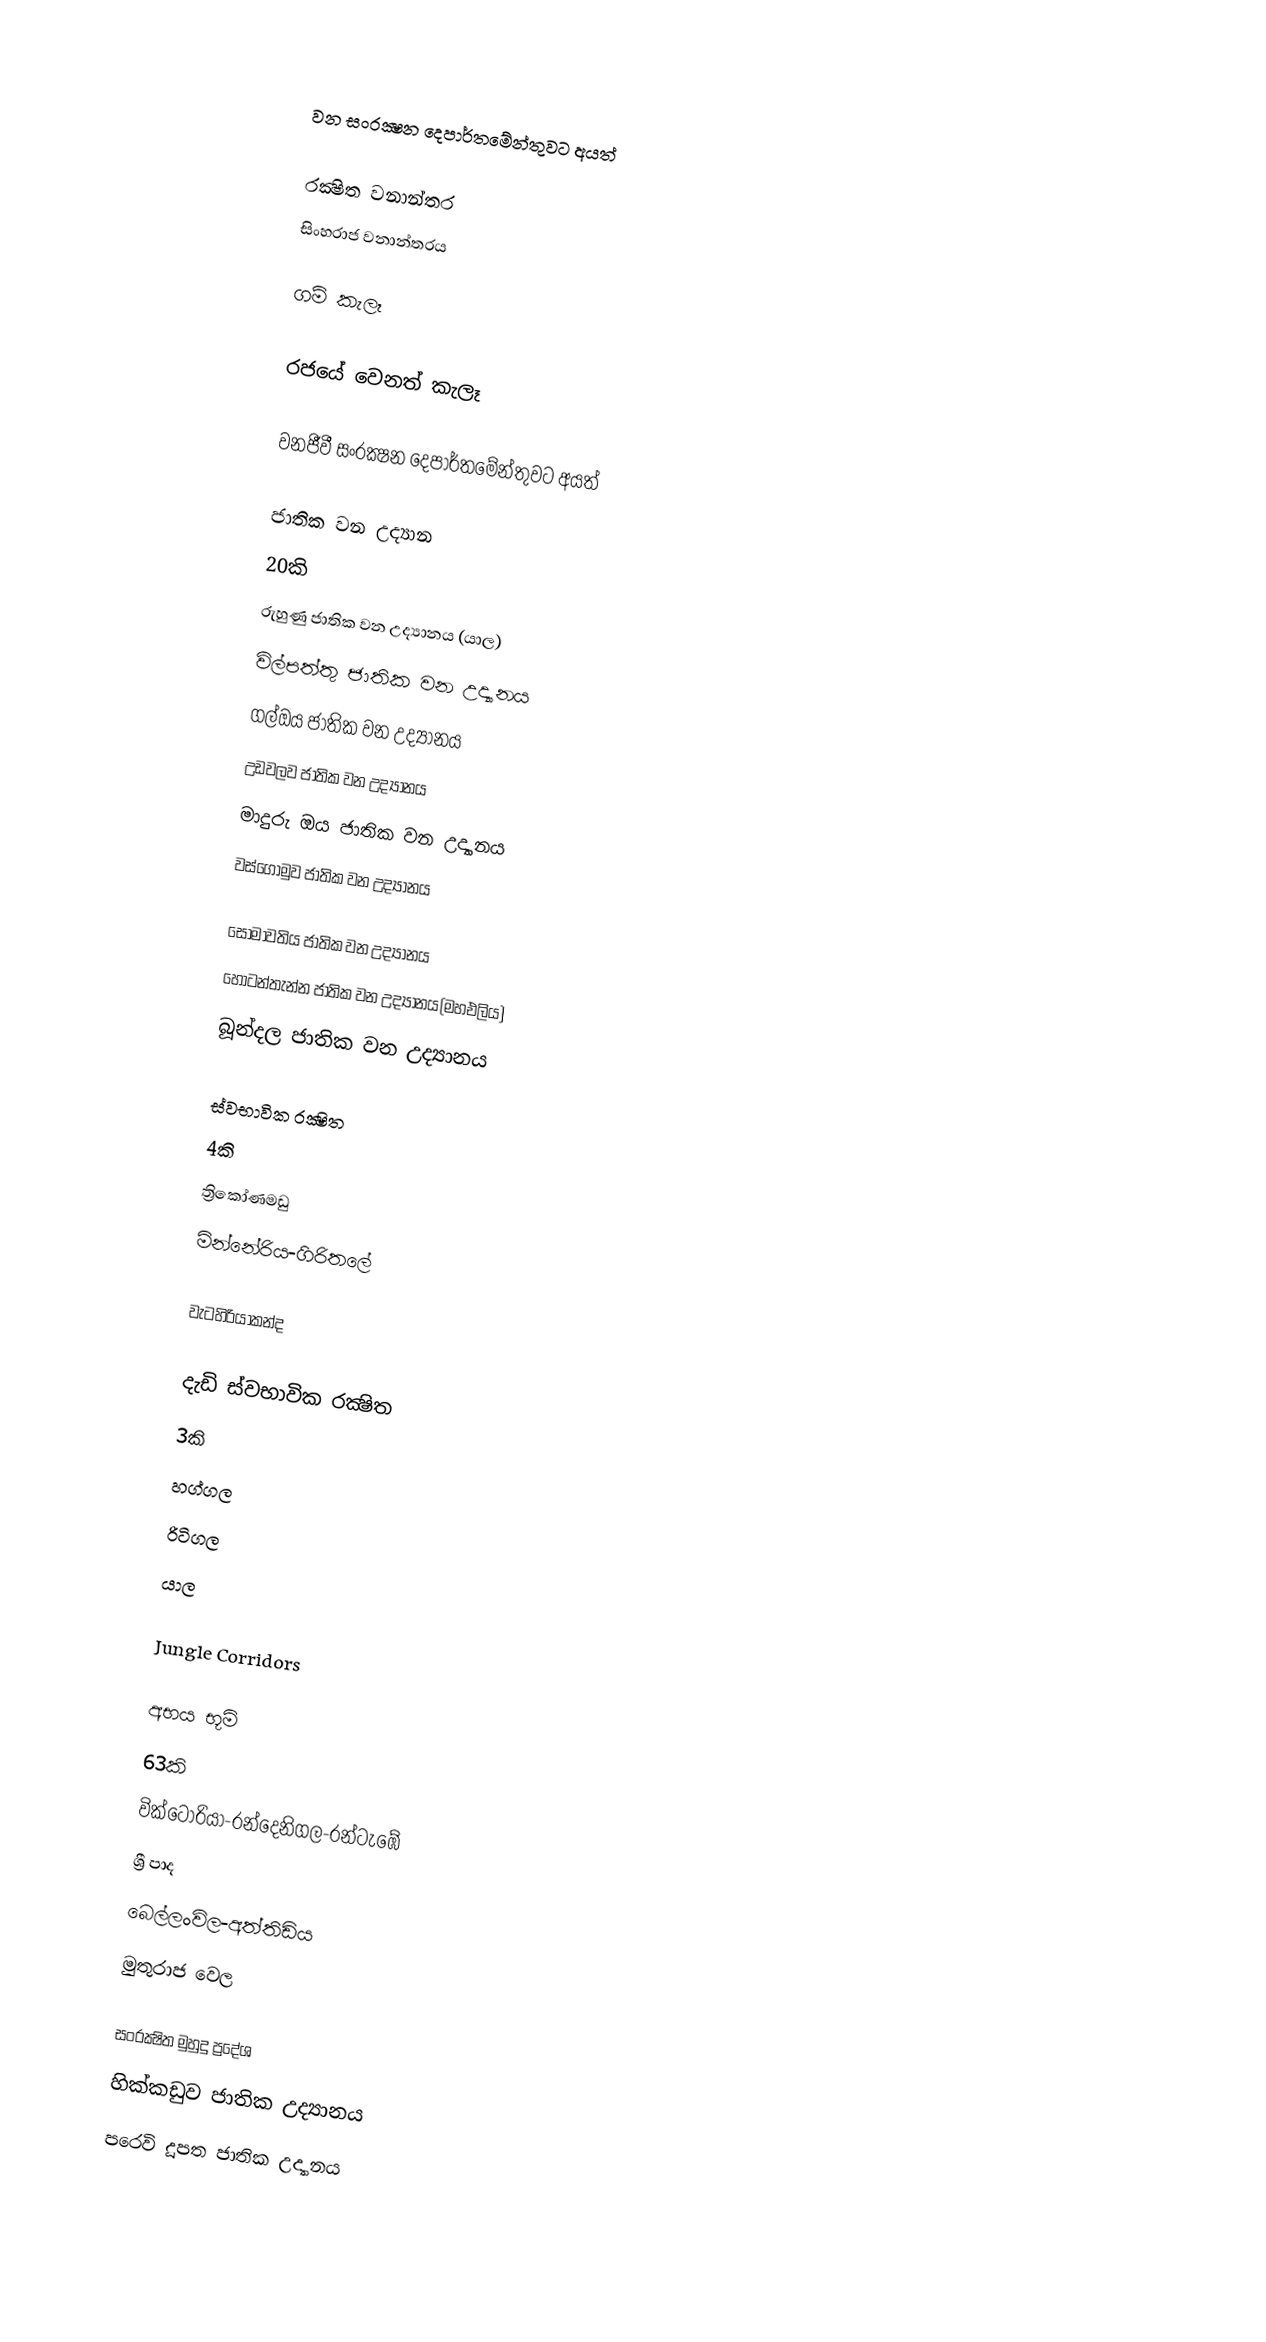

වන සංරක්‍ෂන දෙපාර්තමේන්තුවට අයත්

රක්‍ෂිත වනාන්තර
 සිංහරාජ වනාන්තරය

ගම් කැලෑ

රජයේ වෙනත් කැලෑ

වනජීවී සංරක්‍ෂන දෙපාර්තමේන්තුවට අයත්

ජාතික වන උද්‍යාන
20කි
 රුහුණු ජාතික වන උද්‍යානය (යාල)
 විල්පත්තු ජාතික වන උද්‍යානය
 ගල්ඔය ජාතික වන උද්‍යානය
 උඩවලව ජාතික වන උද්‍යානය
 මාදුරු ඔය ජාතික වන උද්‍යානය
 වස්ගොමුව ජාතික වන උද්‍යානය

 සෝමාවතිය ජාතික වන උද්‍යානය
 හෝටන්තැන්න ජාතික වන උද්‍යානය(මහඑලිය)
 බූන්දල ජාතික වන උද්‍යානය

ස්වභාවික රක්‍ෂිත
4කි
 ත්‍රිකෝණමඩු
 මින්නේරිය-ගිරිතලේ

 වැටහිරියාකන්ද

දැඩි ස්වභාවික රක්‍ෂිත
3කි
 හග්ගල
 රිටිගල
 යාල

Jungle Corridors

අභය භූමි
63කි
 වික්ටෝරියා-රන්දෙනිගල-රන්ටැඹේ
 ශ්‍රී පාද
 බෙල්ලංවිල-අත්තිඩිය
 මුතුරාජ වෙල

සංරක්‍ෂිත මුහුදු ප්‍රදේශ
 හික්කඩුව ජාතික උද්‍යානය
 පරෙවි දූපත ජාතික උද්‍යානය